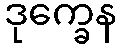
ဒုက္ခေန